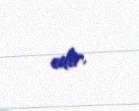
edir.